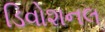
ડિવોશનલ